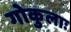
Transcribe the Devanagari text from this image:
गोकुलाः